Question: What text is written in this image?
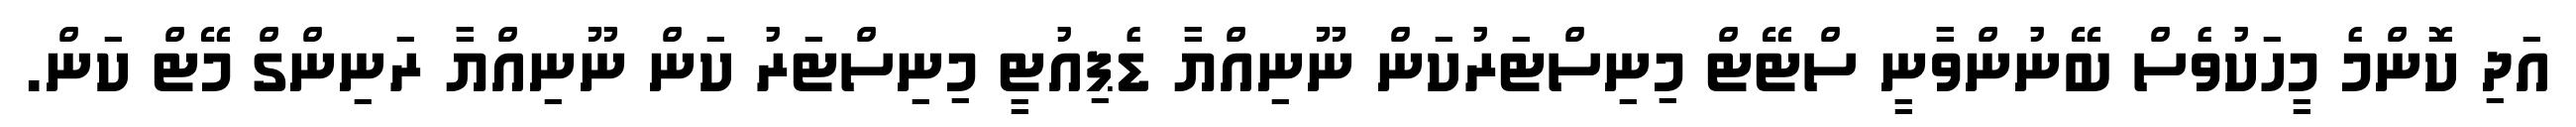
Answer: އަދި ކޮންމެ މީހަކުވެސް ބޭނުންވާނީ ސްޓޭޓް މިނިސްޓަރުކަން ނޫނިއްޔާ ޑެޕިއުޓީ މިނިސްޓަރު ކަން ނޫނިއްޔާ ރަނިންގް މޭޓް ކަން.